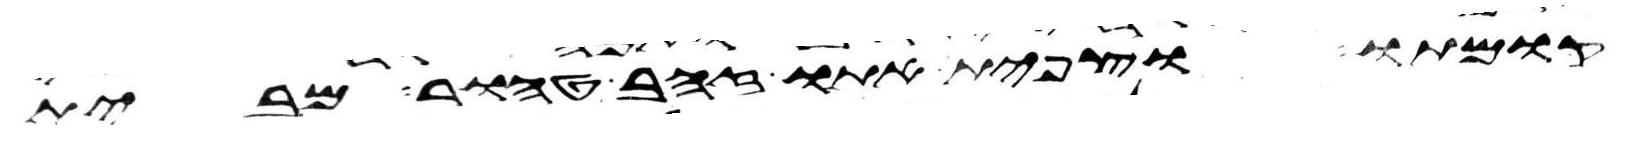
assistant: קומתו וצפית אתו זהב טהור מבית